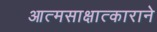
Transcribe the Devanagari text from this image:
आत्मसाक्षात्काराने